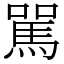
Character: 駡